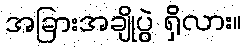
အခြားအချိုပွဲ ရှိလား။